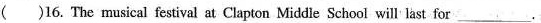
( )16. The musical festival at Clapton Middle School will last for ___.